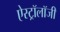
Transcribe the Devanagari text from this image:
ऐस्ट्रॉलॉजी